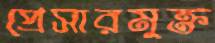
প্রেসারমুক্ত